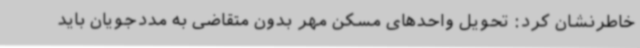
خاطرنشان کرد: تحویل واحدهای مسکن مهر بدون متقاضی به مددجویان باید